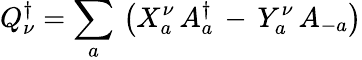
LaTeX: Q_{\nu}^{\dagger}=\sum_{a}\, \left(X_{a}^{\nu}\, A_{a}^{\dagger}\, -\, Y_{a}^{\nu}\, A_{-a}\right)